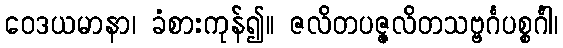
ဝေဒယမာနာ၊ ခံစားကုန်၍။ ဇလိတပဇ္ဇလိတသဗ္ဗင်္ဂပစ္စင်္ဂါ၊